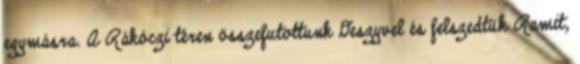
egymásra. A Rákóczi téren összefutottunk Deszyvel és felszedtük Ramit,